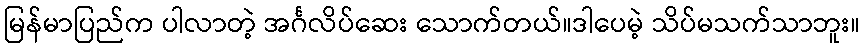
မြန်မာပြည်က ပါလာတဲ့ အင်္ဂလိပ်ဆေး သောက်တယ်။ဒါပေမဲ့ သိပ်မသက်သာဘူး။